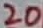
Text: 20